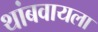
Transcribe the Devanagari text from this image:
थांबवायला